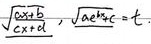
\(\sqrt{\frac{ax + b}{cx + d}}, \sqrt{ax + b}=t\)